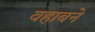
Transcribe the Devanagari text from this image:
वहाबने